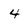
Character: 4